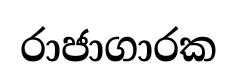
රාජාගාරක